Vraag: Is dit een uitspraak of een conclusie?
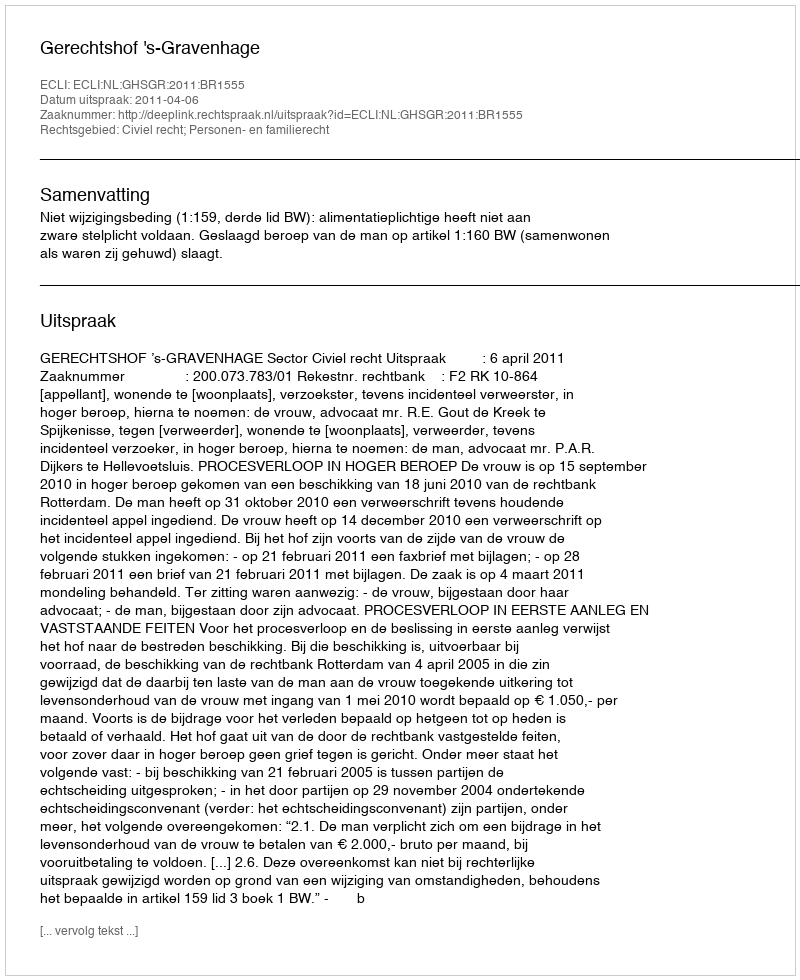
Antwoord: Uitspraak